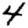
Digit: 4